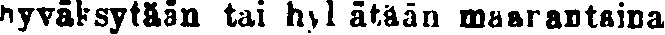
hyväksytään tai hylätään maanantaina